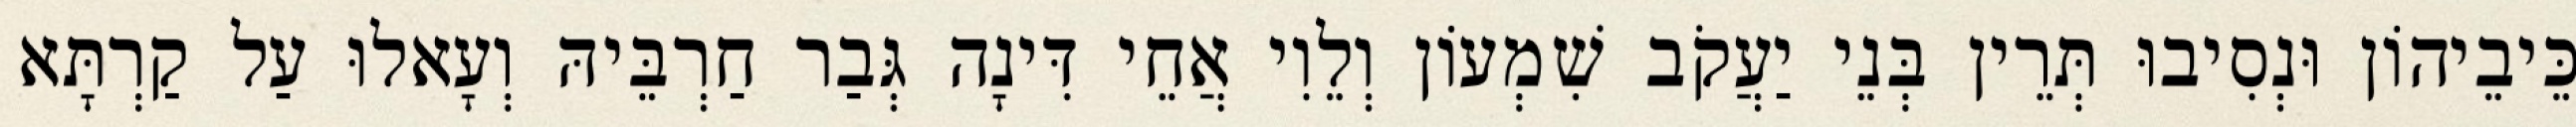
כֵּיבֵיהוֹן וּנְסִיבוּ תְּרֵין בְּנֵי יַעֲקֹב שִׁמְעוֹן וְלֵוִי אֲחֵי דִּינָה גְּבַר חַרְבֵּיהּ וְעָאלוּ עַל קַרְתָּא